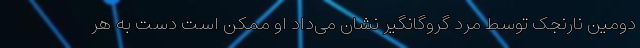
دومین نارنجک توسط مرد گروگانگیر نشان می‌داد او ممکن است دست به هر